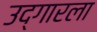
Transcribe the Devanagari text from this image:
उद्गारला